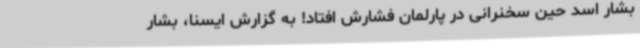
بشار اسد حین سخنرانی در پارلمان فشارش افتاد! به گزارش ایسنا، بشار